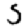
Digit: 5